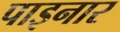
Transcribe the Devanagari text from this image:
पाइनार